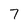
Character: 7